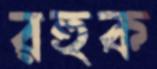
রহুক